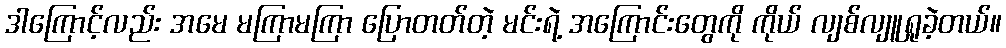
ဒါကြောင့်လည်း အမေ မကြာမကြာ ပြောတတ်တဲ့ မင်းရဲ့ အကြောင်းတွေကို ကိုယ် လျစ်လျူရှုခဲ့တယ်။